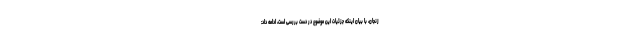
زنجان، با بیان اینکه جزئیات این موضوع در دست بررسی است، ادامه داد: